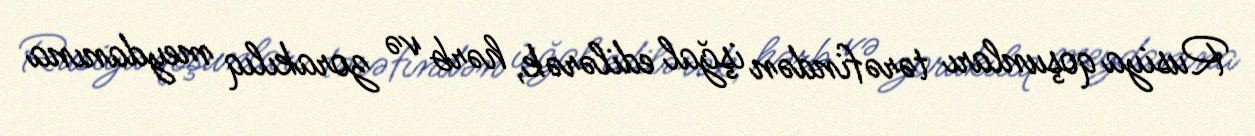
Rusiya qoşunları tərəfindən işğal edilərək, hərb və zorakılıq meydanına